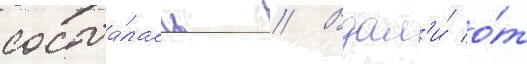
состоа́лась // Вдал'и́ о́т